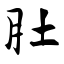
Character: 肚